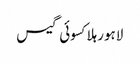
لاہورہلاکسوئی گیس